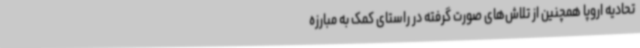
تحادیه اروپا همچنین از تلاش‌های صورت گرفته در راستای کمک به مبارزه